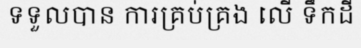
ទទួលបាន ការគ្រប់គ្រង លើ ទឹកដី